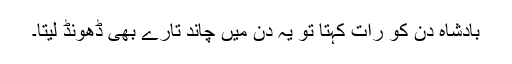
بادشاہ دن کو رات کہتا تو یہ دن میں چاند تارے بھی ڈھونڈ لیتا۔